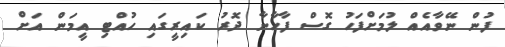
ފުން ނޭވާއެއް ލުމަށްފަހު ގޮސް ފާހާނާ ދޮރު ކައިރީގައި ހުއްޓި އީމަން އަށް